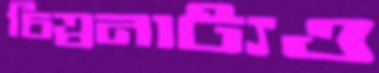
চিত্রনাট্যও